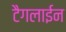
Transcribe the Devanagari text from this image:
टैगलाईन